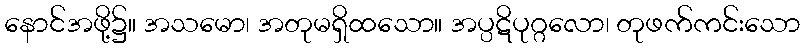
နောင်အဖို့၌။ အသမော၊ အတုမရှိထသော။ အပ္ပဋိပုဂ္ဂလော၊ တုဖက်ကင်းသော